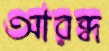
আরব্ধ